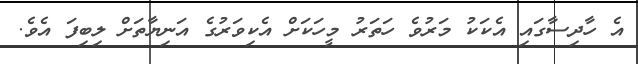
އެ ހާދިސާގައި އެކަކު މަރުވެ ހަތަރު މީހަކަށް އެކިވަރުގެ އަނިޔާތަށް ލިބިފަ އެވެ.